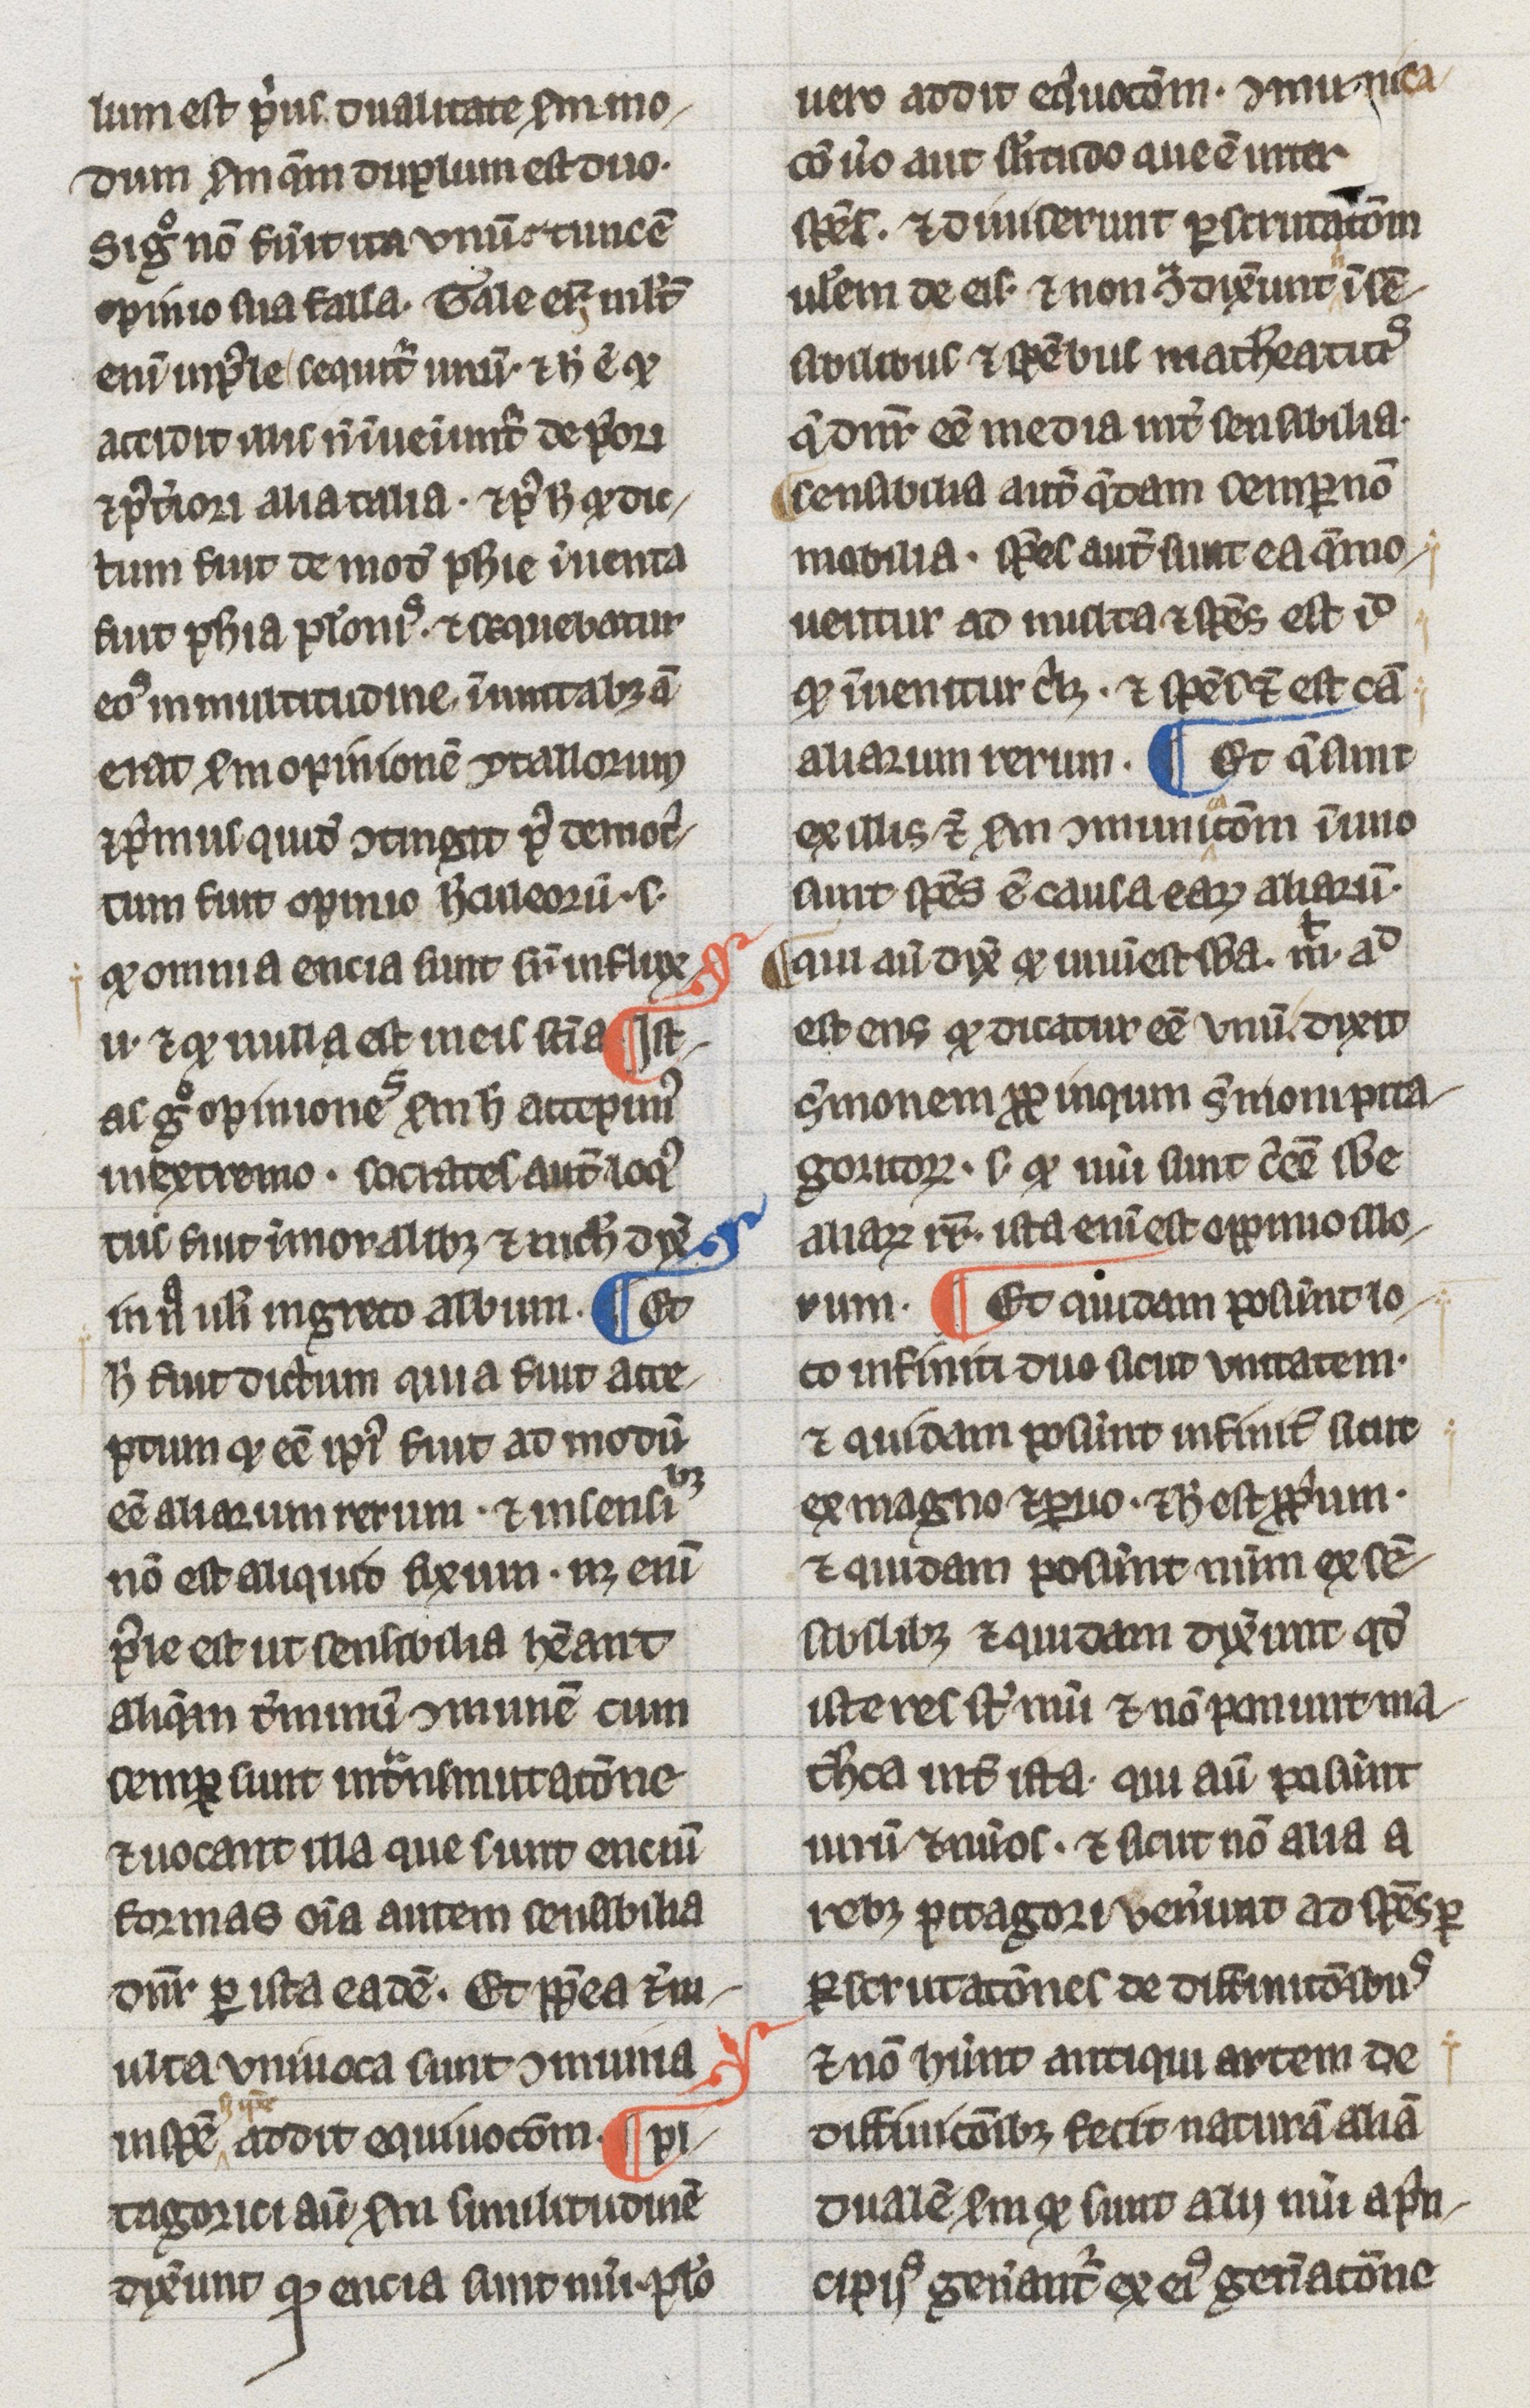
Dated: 1275–1299